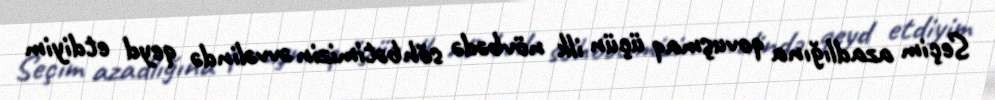
Seçim azadlığına qovuşmaq üçün ilk növbədə söhbətimizin əvvəlində qeyd etdiyim